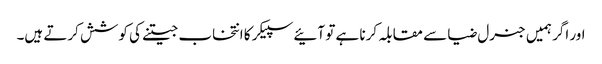
اور اگر ہمیں جنرل ضیا سے مقابلہ کرنا ہے تو آئیے سپیکر کا انتخاب جیتنے کی کوشش کرتے ہیں۔